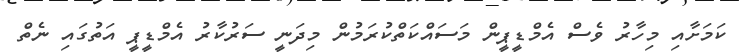
ކަމަށާއި މިހާރު ވެސް އެމްޑީޕީން މަސައްކަތްކުރަމުން މިދަނީ ސަރުކާރު އެމްޑީޕީ އަތުގައި ނެތް